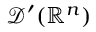
{ \mathcal { D } } ^ { \prime } ( \mathbb { R } ^ { n } )